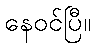
နေဝင်ပြီ။